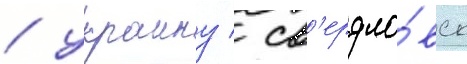
/ украину / св'ердло́вск